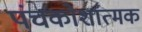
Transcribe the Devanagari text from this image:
पंचकोशात्मक